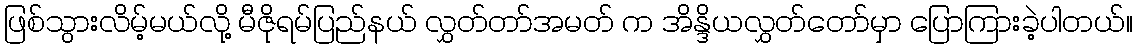
ဖြစ်သွားလိမ့်မယ်လို့ မီဇိုရမ်ပြည်နယ် လွှတ်တာ်အမတ် က အိန္ဒိယလွှတ်တော်မှာ ပြောကြားခဲ့ပါတယ်။